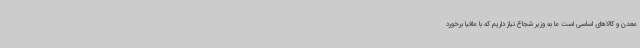
معدن و کالاهای اساسی است ما به وزیر شجاع نیاز داریم که با مافیا برخورد